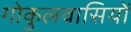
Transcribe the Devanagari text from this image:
गोकुलवासियों